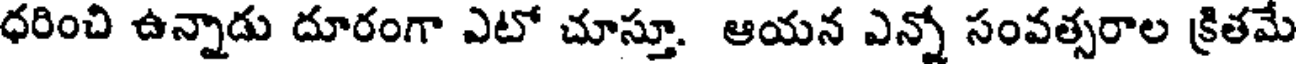
ధరించి ఉన్నాడు దూరంగా ఎటో చూస్తూ. ఆయన ఎన్నో సంవత్సరాల క్రితమే